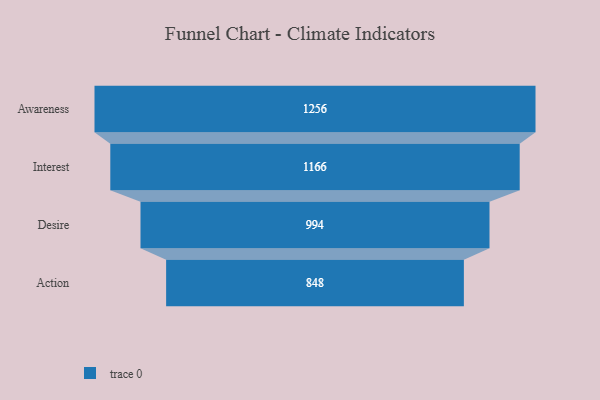
{"axis": {"x": "Stage", "y": "Value"}, "legend": [""], "data": [{"x": "Awareness", "y": 1256.0, "type": ""}, {"x": "Interest", "y": 1166.0, "type": ""}, {"x": "Desire", "y": 994.0, "type": ""}, {"x": "Action", "y": 848.0, "type": ""}]}